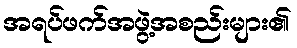
အရပ်ဖက်အဖွဲ့အစည်းများ၏